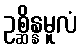
ဥစ္ဆိန္နမူလံ